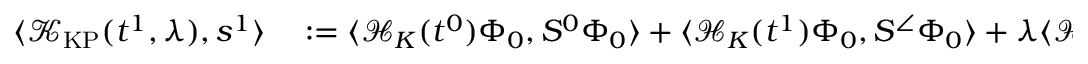
\begin{array} { r l } { \langle \mathcal { K } _ { \mathrm { K P } } ( t ^ { 1 } , \lambda ) , s ^ { 1 } \rangle } & { { } : = \langle \mathcal { H } _ { K } ( t ^ { 0 } ) \Phi _ { 0 } , S ^ { 0 } \Phi _ { 0 } \rangle + \langle \mathcal { H } _ { K } ( t ^ { 1 } ) \Phi _ { 0 } , S ^ { \angle } \Phi _ { 0 } \rangle + \lambda \langle \mathcal { H } _ { K } ( t ^ { 0 } ) ( e ^ { T ^ { \angle } } - I ) \Phi _ { 0 } , S ^ { 0 } \Phi _ { 0 } \rangle } \end{array}